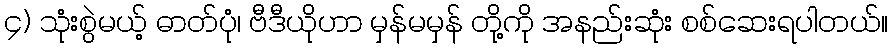
၄) သုံးစွဲမယ့် ဓာတ်ပုံ၊ ဗီဒီယိုဟာ မှန်မမှန် တို့ကို အနည်းဆုံး စစ်ဆေးရပါတယ်။